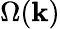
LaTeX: \Omega(\mathbf{k})